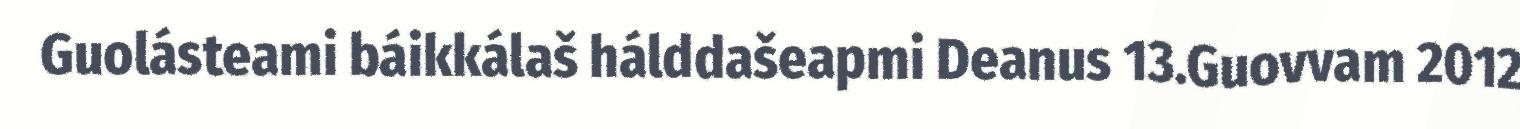
Guolásteami báikkálaš hálddašeapmi Deanus 13.Guovvam 2012